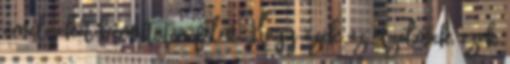
amelyeket bemutat a film. Hogy ezek az érzelmek, ezek